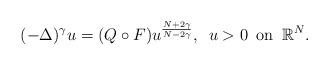
LaTeX: \begin{align*}(-\Delta)^\gamma u = (Q\circ F) u^{\frac{N + 2\gamma}{N - 2\gamma}},\,\,\, u > 0 {\rm\,\,\,on\,\,\,}\mathbb{R}^N.\end{align*}